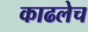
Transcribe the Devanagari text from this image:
काढलेच